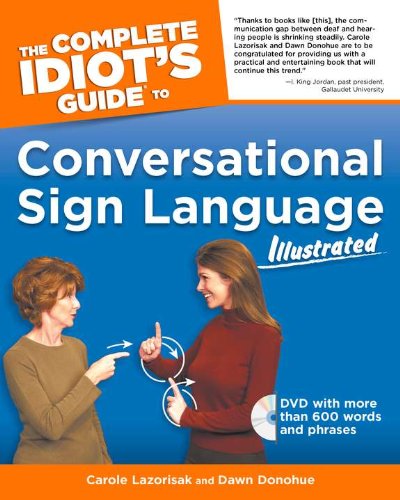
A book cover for The Complete Idiot's Guide to Conversational Sign Language Illustrated (Idiot's Guides); Carole Lazorisak; Reference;